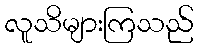
လူသိများကြသည်